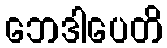
ဘေဒါပေတိ